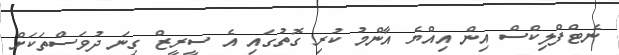
ނެޓްފްލިކްސް އިން އިއްޔެ އާންމު ކުރި ގޮތުގައި އެ ސީރީޒް ގިނަ ދުވަސްތަކަށް